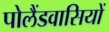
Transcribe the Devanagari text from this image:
पोलैंडवासियों